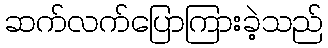
ဆက်လက်ပြောကြားခဲ့သည်